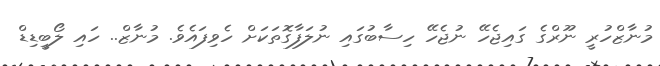
މުނާޒްހުރީ ނޫރްގެ ގައިޖެހޭ ނުޖެހޭ ހިސާބުގައި ނުލަފާގޮތަކަށް ހެވިފައެވެ. މުނާޒް.. ހައި ލޯބީޑިޑް